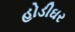
હોડીઘર